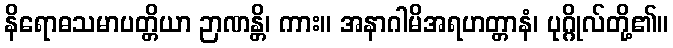
နိရောဓသမာပတ္တိယာ ဉာဏန္တိ၊ ကား။ အနာဂါမိအရဟတ္တာနံ၊ ပုဂ္ဂိုလ်တို့၏။